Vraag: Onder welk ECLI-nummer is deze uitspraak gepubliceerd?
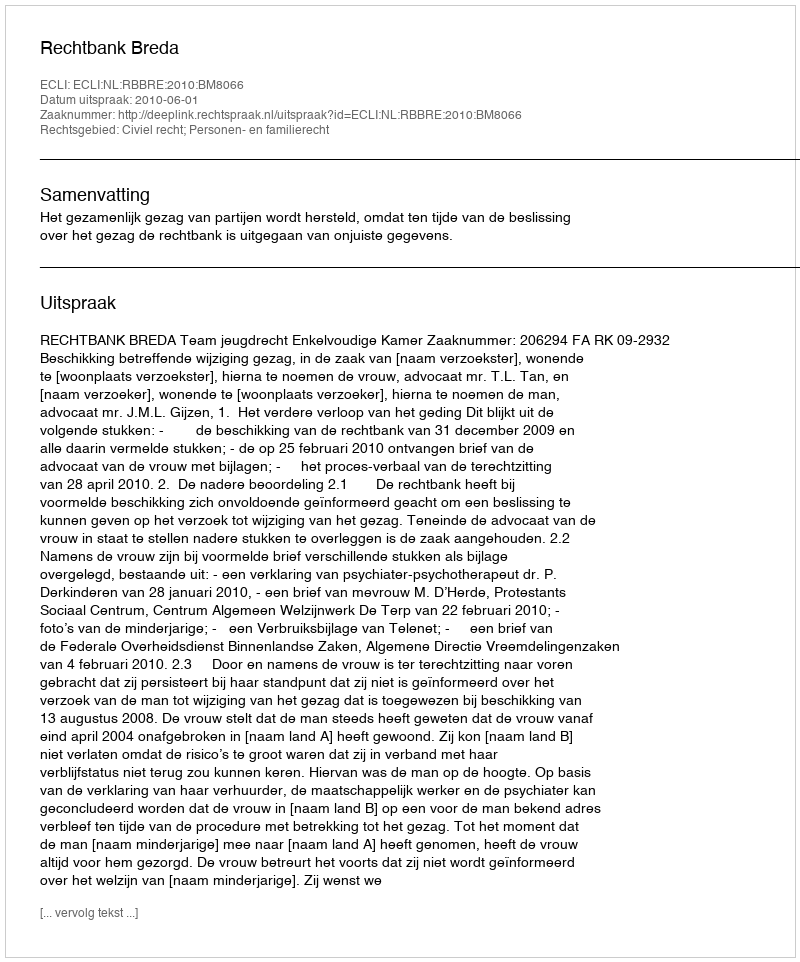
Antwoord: ECLI:NL:RBBRE:2010:BM8066